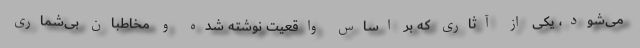
می‌شود، یکی از آثاری که بر اساس واقعیت نوشته شده و مخاطبان بی‌شماری